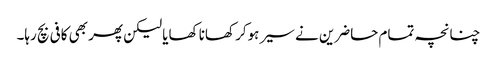
چنانچہ تمام حاضرین نے سیر ہوکر کھانا کھایا لیکن پھر بھی کافی بچ رہا۔